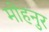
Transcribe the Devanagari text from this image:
मोहनुर